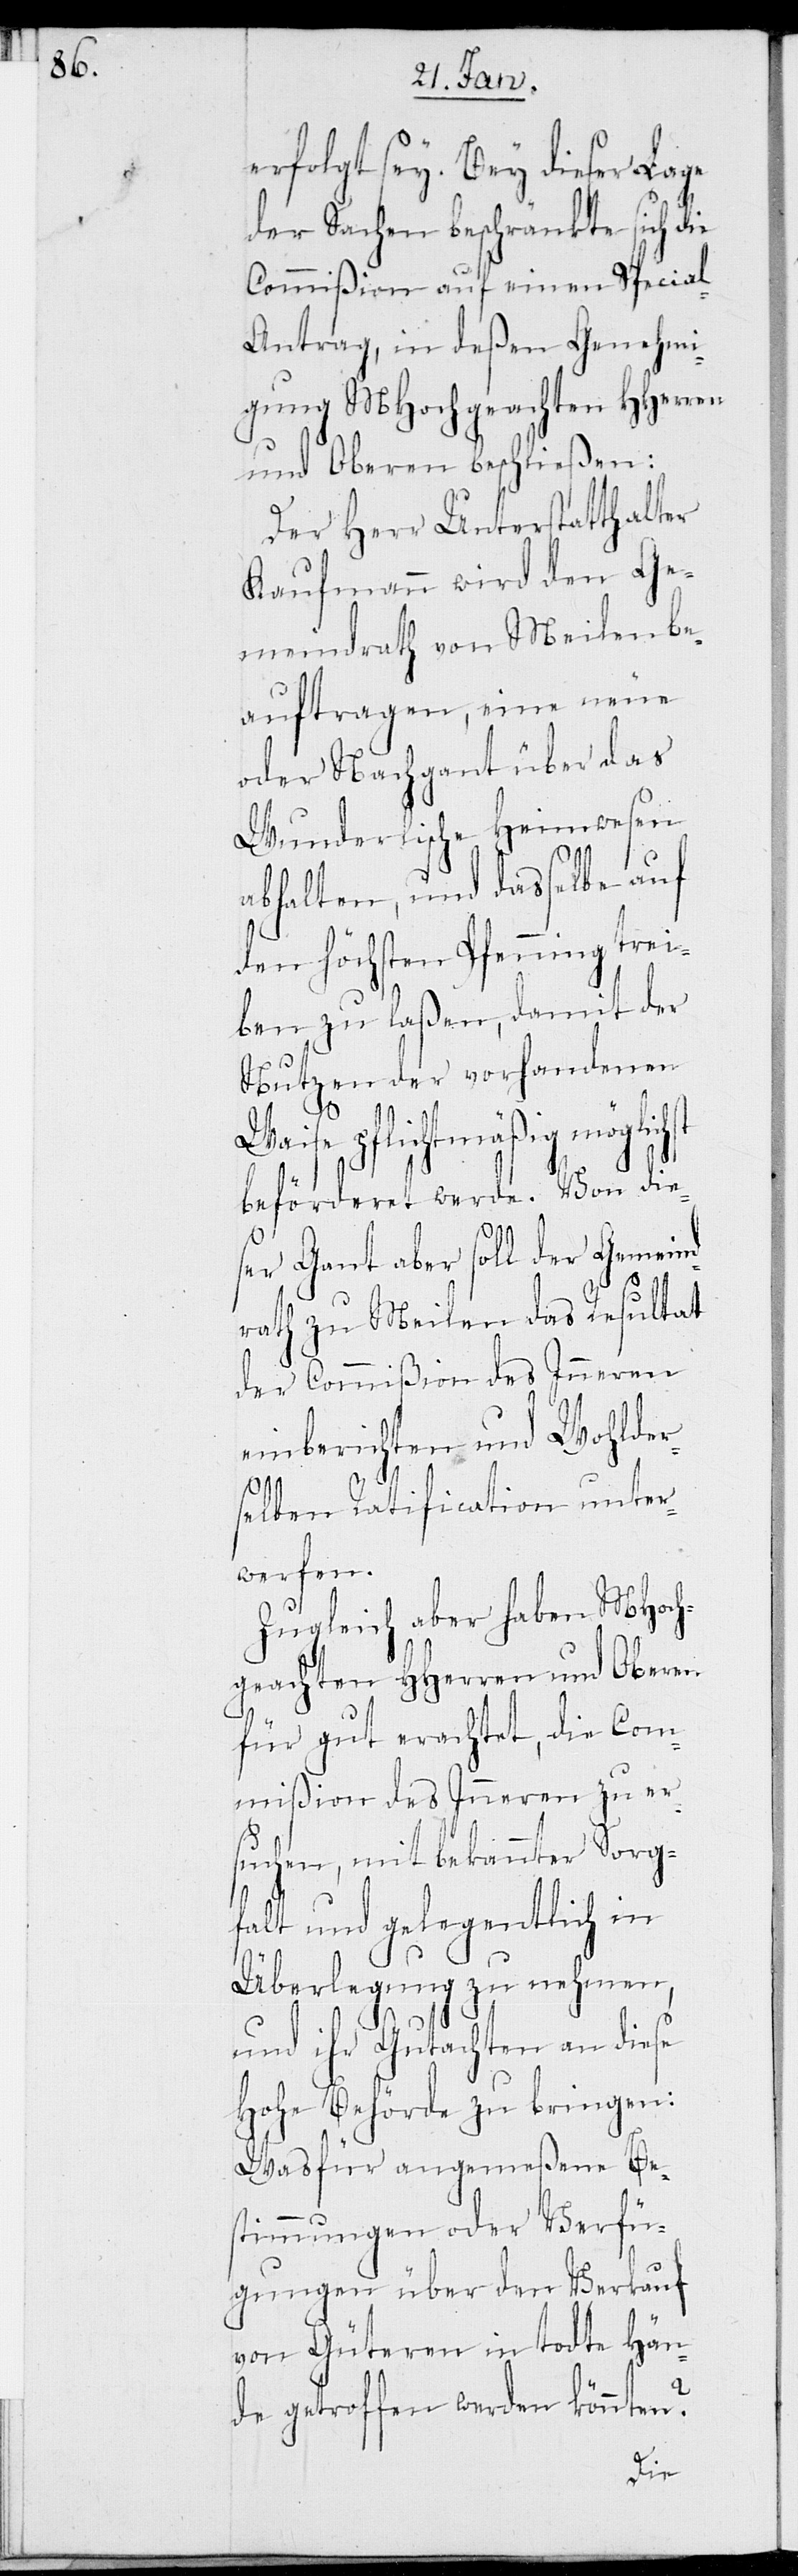
erfolgt sey. Bey dieser Lage
der Sachen beschränkte sich die
Commißion auf einen Specia¬
l-Antrag, in deßen Genehmi¬
gung MHochgeachten HHerren
und Oberen beschließen:
Der Herr Unterstatthalter
Kaufmann wird den Ge¬
meindrath von Meilen be¬
auftragen, eine neue
oder Nachgant über das
Wunderlische Heimwesen
abhalten, und dasselbe auf
den höchsten Pfenning trei¬
ben zu laßen, damit der
Nutzen der vorhandenen
Weise pflichtmäßig möglichst
beförderet werde. Von die¬
ser Gant aber soll der Gemeind¬
rath zu Meilen das Resultat
der Commißion des Inneren
einberichten und Wohlder¬
selben Ratification unter¬
werfen.
Zugleich aber haben MHoch¬
geachten HHerren und Oberen
für gut erachtet, die Com¬
mißion des Inneren zu er¬
suchen, mit bekannter Sorg¬
falt und gelegentlich in
Überlegung zu nehmen,
und ihr Gutachten an diese
Hohe Behörde zu bringen:
Was für angemeßene Be¬
stimmungen oder Verfü¬
gungen über den Verkauf
von Güteren in todte Hän¬
de getroffen werden könnten?